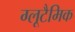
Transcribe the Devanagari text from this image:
ग्लूटैमिक